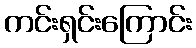
ကင်းရှင်းကြောင်း